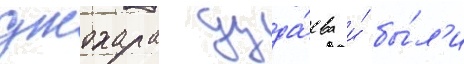
джохара дуда́ева и́ бы́л'и